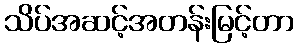
သိပ်အဆင့်အတန်းမြင့်တာ